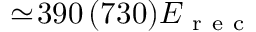
\simeq \! 3 9 0 \, ( 7 3 0 ) E _ { \mathrm { ~ r ~ e ~ c ~ } }